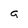
Character: a